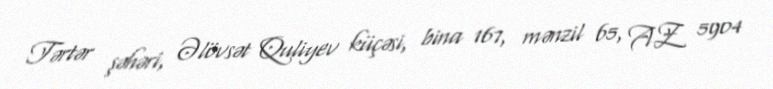
Tərtər şəhəri, Əlövsət Quliyev küçəsi, bina 167, mənzil 65, AZ 5904